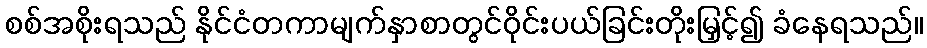
စစ်အစိုးရသည် နိုင်ငံတကာမျက်နှာစာတွင်ဝိုင်းပယ်ခြင်းတိုးမြှင့်၍ ခံနေရသည်။